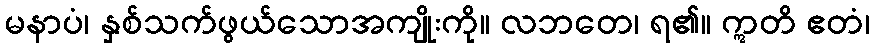
မနာပံ၊ နှစ်သက်ဖွယ်သောအကျိုးကို။ လဘတေ၊ ရ၏။ ဣတိ ဧတံ၊